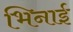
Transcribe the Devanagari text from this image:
भिनाई